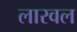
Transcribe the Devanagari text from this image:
लारवल